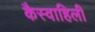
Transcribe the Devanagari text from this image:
कैस्वाहिली